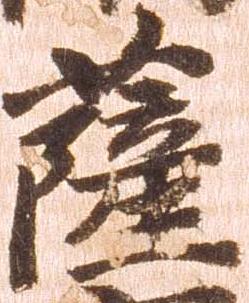
薩